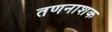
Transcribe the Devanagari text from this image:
तणनाशक